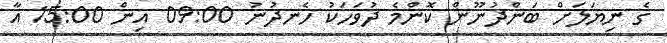
ގެ ނިޔަލަށް ބަންދުނޫން ކޮންމެ ދުވަހަކު ހެނދުނު 09:00 އިން 15:00 އާ